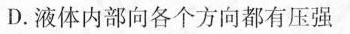
D.液体内部向各个方向都有压强